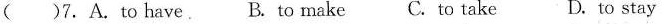
( )7. A.To have. B. To make C. To take D.to stay